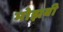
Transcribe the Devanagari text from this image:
मोझबी